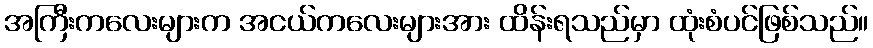
အကြီးကလေးများက အငယ်ကလေးများအား ထိန်းရသည်မှာ ထုံးစံပင်ဖြစ်သည်။